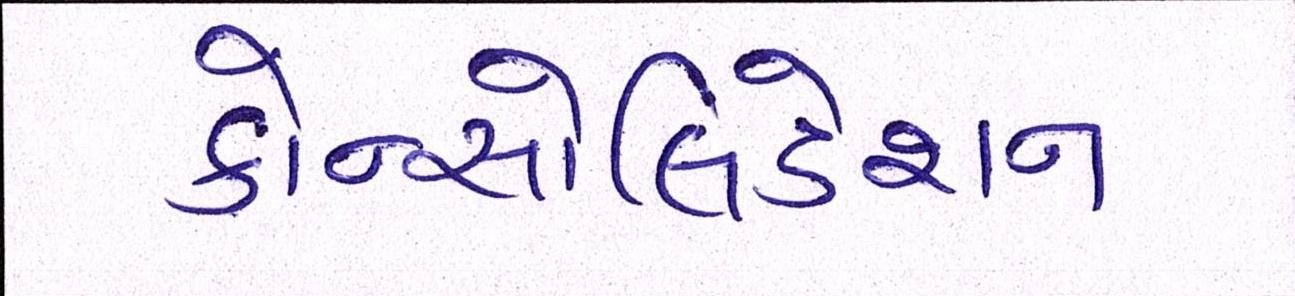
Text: કોન્સોલિડેશન